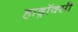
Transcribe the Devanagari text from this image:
हाड्रॉक्सी